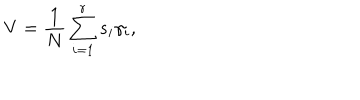
LaTeX: V = \frac 1 N \sum _ { i = 1 } ^ { r } s _ { i } \gamma _ { i } ,